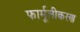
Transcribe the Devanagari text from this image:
फार्मूलीकरण